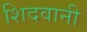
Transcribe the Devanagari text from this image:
शिदवानी